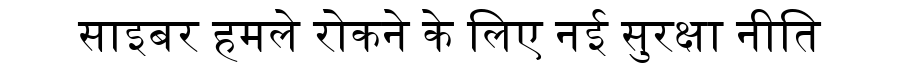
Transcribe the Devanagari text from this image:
साइबर हमले रोकने के लिए नई सुरक्षा नीति